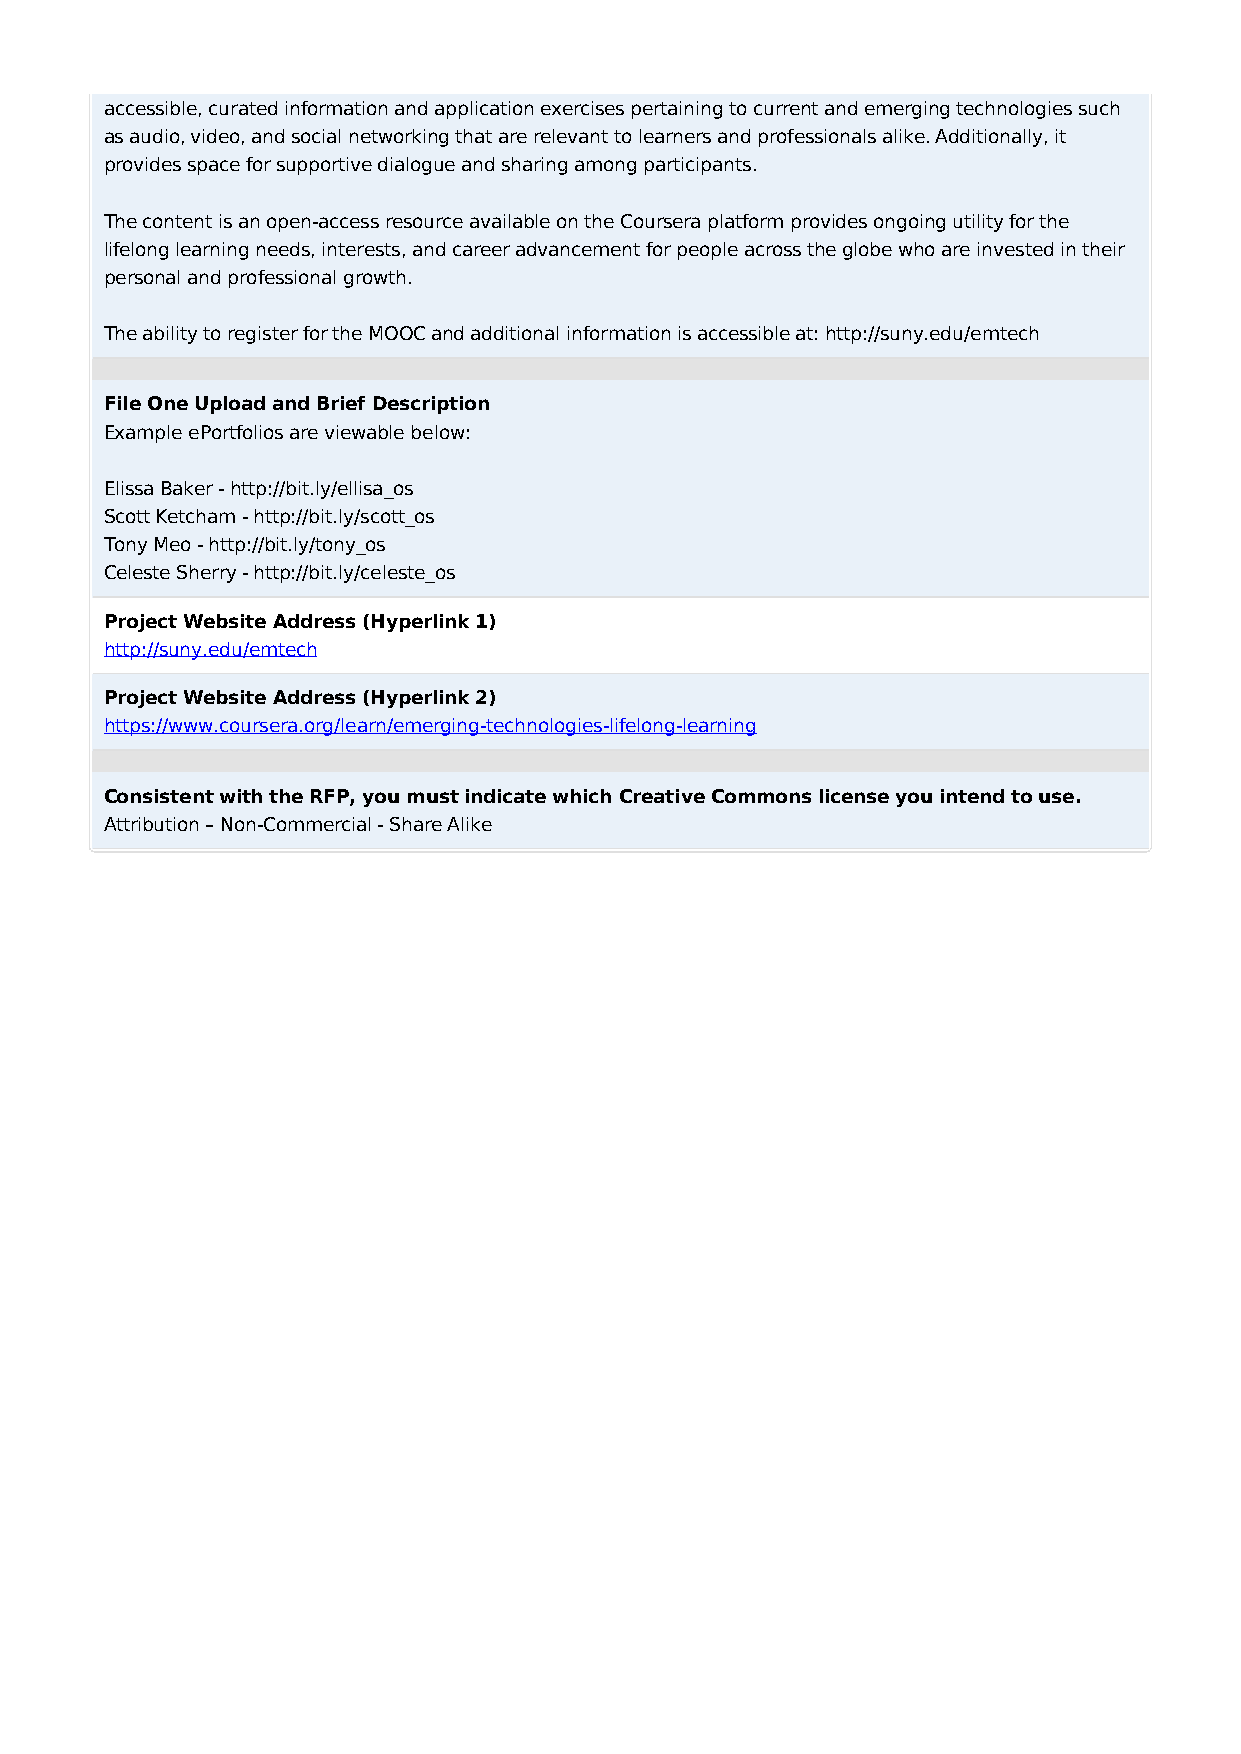
accessible, curated information and application exercises pertaining to current and emerging technologies such
 as audio, video, and social networking that are relevant to learners and professionals alike. Additionally, it
 provides space for supportive dialogue and sharing among participants.
 The content is an open-access resource available on the Coursera platform provides ongoing utility for the
 lifelong learning needs, interests, and career advancement for people across the globe who are invested in their
 personal and professional growth.
 The ability to register for the MOOC and additional information is accessible at: http://suny.edu/emtech
 File One Upload and Brief Description
 Example ePortfolios are viewable below:
 Elissa Baker - http://bit.ly/ellisa_os
 Scott Ketcham - http://bit.ly/scott_os
 Tony Meo - http://bit.ly/tony_os
 Celeste Sherry - http://bit.ly/celeste_os
 Project Website Address (Hyperlink 1)
 http://suny.edu/emtech
 Project Website Address (Hyperlink 2)
 https://www.coursera.org/learn/emerging-technologies-lifelong-learning
 Consistent with the RFP, you must indicate which Creative Commons license you intend to use.
 Attribution – Non-Commercial - Share Alike